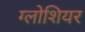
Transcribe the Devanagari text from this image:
ग्लोशियर